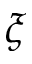
\xi